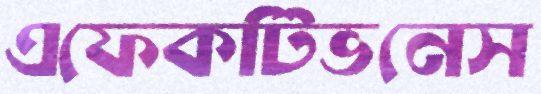
এফেকটিভনেস